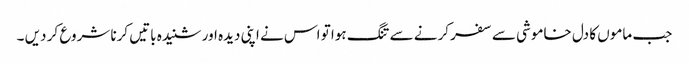
جب ماموں کا دل خاموشی سے سفر کرنے سے تنگ ہوا تو اس نے اپنی دیدہ اور شنیدہ باتیں کرنا شروع کر دیں ۔